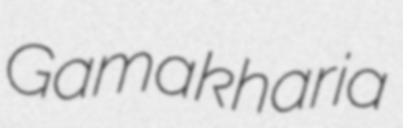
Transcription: Gamakharia